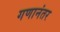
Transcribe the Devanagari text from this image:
गणानंतर